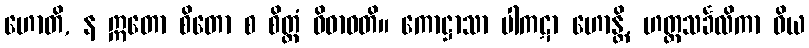
ဟောတိ, န ဣတော စိတော စ စိတ္တံ ဝိဓာဝတိ။ ကောဋ္ဌာသာ ပါကဋာ ဟောန္တိ, ဟတ္ထသင်္ခလိကာ ဝိယ